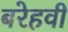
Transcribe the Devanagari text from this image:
बरेहवी